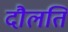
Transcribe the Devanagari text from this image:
दौलति